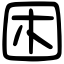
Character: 困